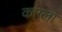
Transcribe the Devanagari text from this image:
कांग्ला